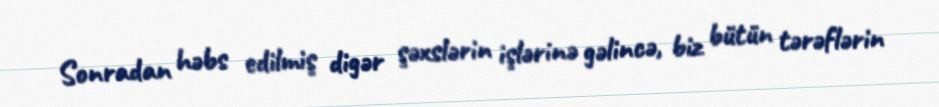
Sonradan həbs edilmiş digər şəxslərin işlərinə gəlincə, biz bütün tərəflərin